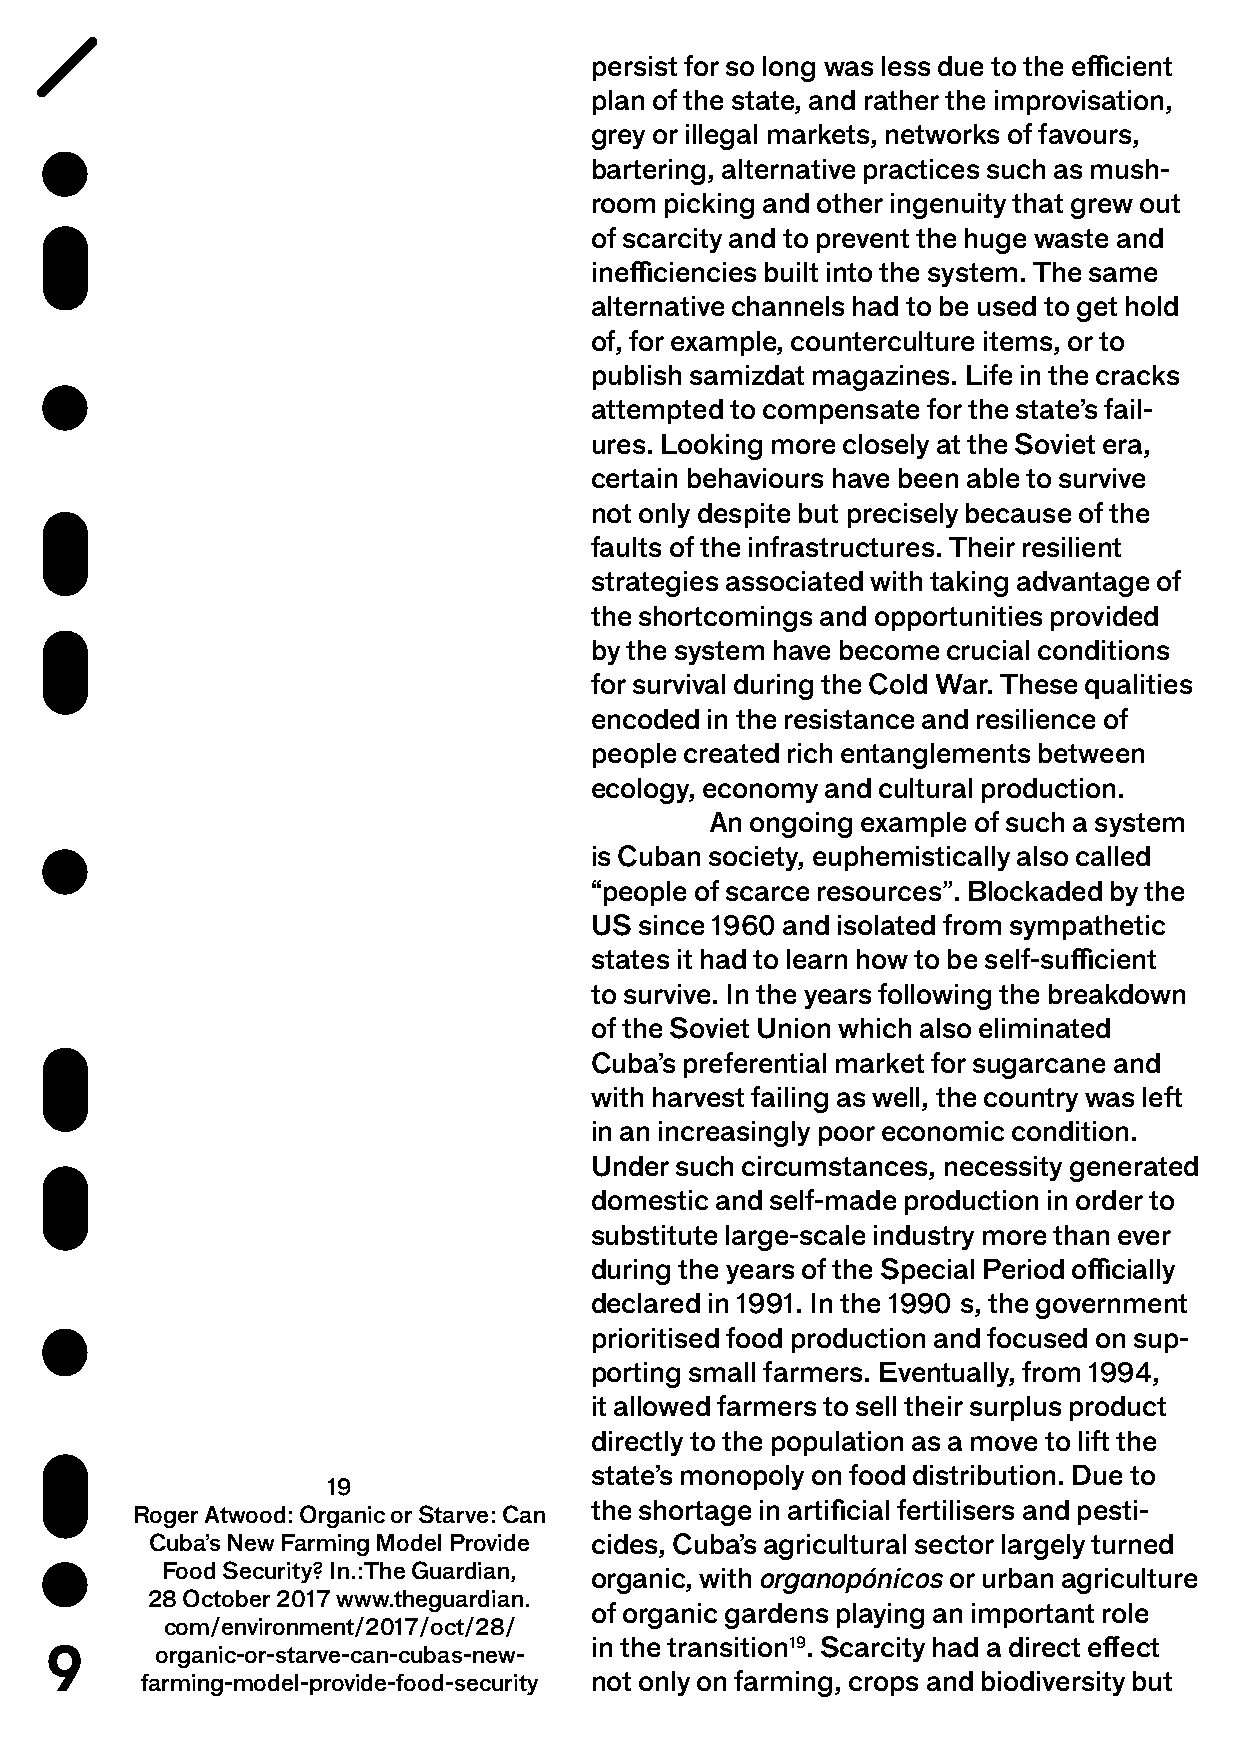
persist for so long was less due to the efficient
 plan of the state, and rather the improvisation,
 grey or illegal markets, networks of favours,
 bartering, alternative practices such as mush-
 room picking and other ingenuity that grew out
 of scarcity and to prevent the huge waste and
 inefficiencies built into the system. The same
 alternative channels had to be used to get hold
 of, for example, counterculture items, or to
 publish samizdat magazines. Life in the cracks
 attempted to compensate for the state’s fail-
 ures. Looking more closely at the Soviet era,
 certain behaviours have been able to survive
 not only despite but precisely because of the
 faults of the infrastructures. Their resilient
 strategies associated with taking advantage of
 the shortcomings and opportunities provided
 by the system have become crucial conditions
 for survival during the Cold War. These qualities
 encoded in the resistance and resilience of
 people created rich entanglements between
 ecology, economy and cultural production.
 An ongoing example of such a system
 is Cuban society, euphemistically also called
 “people of scarce resources”. Blockaded by the
 US since 1960 and isolated from sympathetic
 states it had to learn how to be self-sufficient
 to survive. In the years following the breakdown
 of the Soviet Union which also eliminated
 Cuba’s preferential market for sugarcane and
 with harvest failing as well, the country was left
 in an increasingly poor economic condition.
 Under such circumstances, necessity generated
 domestic and self-made production in order to
 substitute large-scale industry more than ever
 during the years of the Special Period officially
 declared in 1991. In the 1990 s, the government
 prioritised food production and focused on sup-
 porting small farmers. Eventually, from 1994,
 it allowed farmers to sell their surplus product
 directly to the population as a move to lift the
 state’s monopoly on food distribution. Due to
 19
 the shortage in artificial fertilisers and pesti-
 Roger Atwood: Organic or Starve: Can
 Cuba’s New Farming Model Provide cides, Cuba’s agricultural sector largely turned
 Food Security? In.:The Guardian, organic, with organopónicos or urban agriculture
 28 October 2017 www.theguardian.
 of organic gardens playing an important role
 com/environment/2017/oct/28/
 9                                   in the transition19. Scarcity had a direct effect
 organic-or-starve-can-cubas-new-
 farming-model-provide-food-security not only on farming, crops and biodiversity but